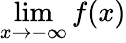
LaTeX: \operatorname*{lim}_{x\to-\infty}f(x)